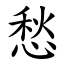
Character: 愁